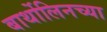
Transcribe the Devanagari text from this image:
बार्थोलिनच्या